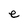
Character: e